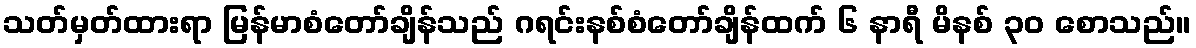
သတ်မှတ်ထားရာ မြန်မာစံတော်ချိန်သည် ဂရင်းနစ်စံတော်ချိန်ထက် ၆ နာရီ မိနစ် ၃၀ စောသည်။